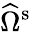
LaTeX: \widehat{\Omega}^{\mathrm{s}}